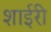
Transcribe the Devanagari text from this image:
शाईरी